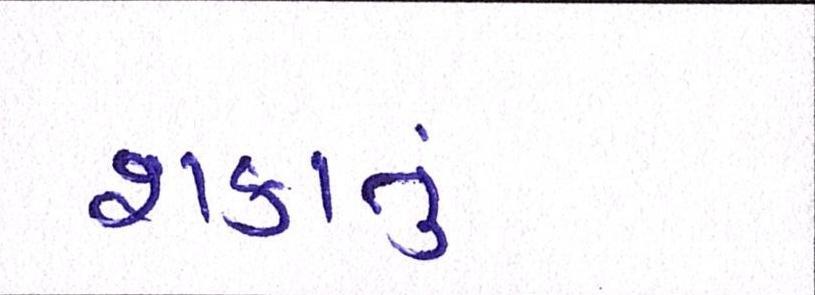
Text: શકાતું